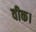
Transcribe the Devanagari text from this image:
वीक।